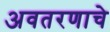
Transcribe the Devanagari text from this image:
अवतरणाचे